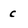
Character: c